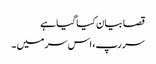
قصا بیان کیا گیا ہے
سر رپ، اس سر میں ۔